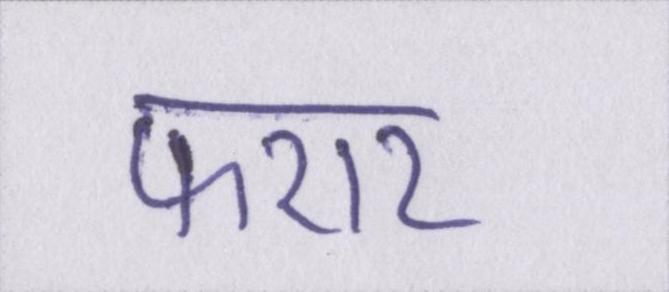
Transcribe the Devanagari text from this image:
फरार